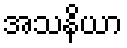
အသနိယာ